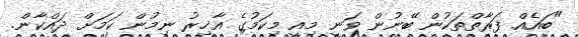
"ބައެއް ފަރާތްތަކުން ބޭނުން ވަނީ މިއީ މިކަމުގެ އާޚިރު ނިމުން ކަމަށް ދައްކާން.